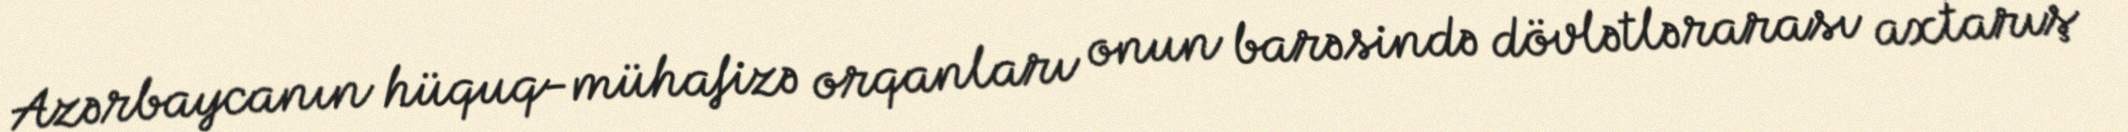
Azərbaycanın hüquq-mühafizə orqanları onun barəsində dövlətlərarası axtarış